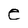
Character: e